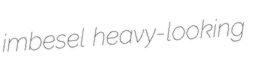
imbesel heavy-looking